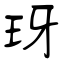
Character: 玡